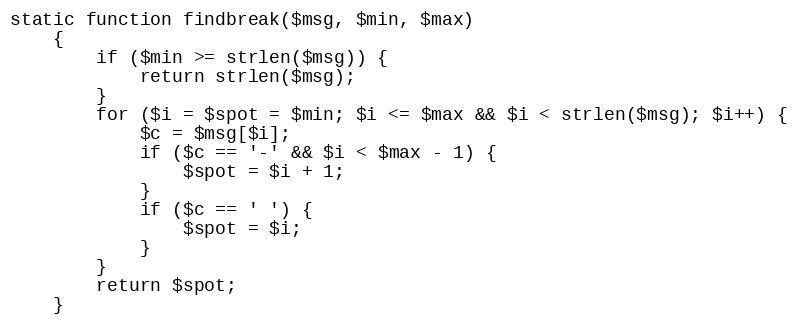
Language: PHP
static function findbreak($msg, $min, $max)
    {
        if ($min >= strlen($msg)) {
            return strlen($msg);
        }
        for ($i = $spot = $min; $i <= $max && $i < strlen($msg); $i++) {
            $c = $msg[$i];
            if ($c == '-' && $i < $max - 1) {
                $spot = $i + 1;
            }
            if ($c == ' ') {
                $spot = $i;
            }
        }
        return $spot;
    }